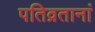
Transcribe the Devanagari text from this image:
पतिव्रतानां